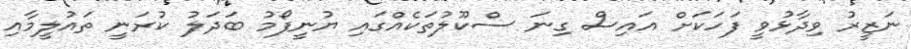
ނަޒީރު ވިދާޅުވީ ފަހަކަށް އައިސް ގިނަ ސްކޫލުތަކެއްގައި ޔުނީފޯމު ބަދަލު ކުރަނީ ތައުލީމާއި